King Institute of Preventive Medicine Micro-Biological Section reports 1912-19
Year: 1912
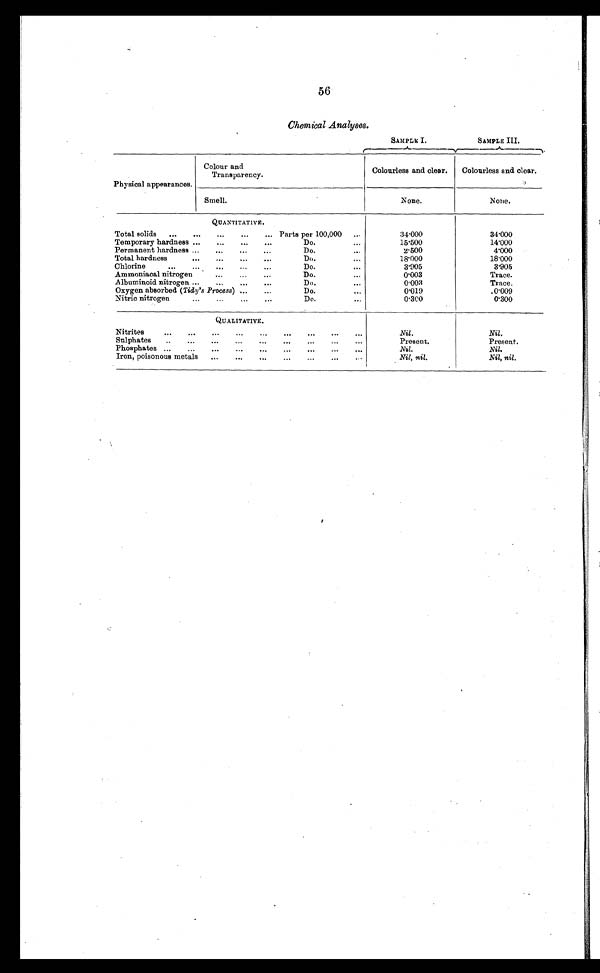
Chemical Analyses.
SAMPLE I.
SAMPLE III.
.
P hysical appearances.
Colour and
Transparency.
Colourless and clear.
Colourless and clear.
Smell.
None.
None.
QUANTITATIVE.
Total solids
...
...
...
...
... Parts per 100,000
...
34.000
34.000
Temporary hardness ...
...
...
...
Do.
...
15.500
14'000
Permanent hardness ...
...
...
...
Do.
...
2.500
4'000
Total hardness
..
. . .
...
. . .
Do.
...
18.000
18'000
C hlorine
...
. . . . .
. . .
...
. . .
Do.
...
3.905
3.905
Ammoniacal nitrogen
...
. . .
...
Do.
...
0.003
Trace.
Albuminoid nitrogen
. . .
. . .
....
...
Do.
...
0 ' 0 0 3
Trace,
Oxygen absorbed (Tidy's Process) ...
...
Do.
...
0'019
,0.009
Nitric nitrogen
...
...
...
...
Do.
...
0.300
0.300
Qu AL I TATIVE .
Nitrites
. . .
. . .
. . .
...
. . .
...
. . .
. . .
. . .
Nil.
Nil.
Sulphates
. . .
. . .
. . .
. . .
. . .
...
. . .
. .
...
Present.
Present.
Phosphates ...
...
...
. . . . . . .
...
. . .
. . .
...
N i l . .
Nil.
Iron, poisonous metals
...
...
...
...
...
...
Nil, nil .
Nil, nil.